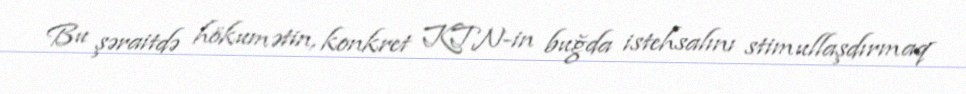
Bu şəraitdə hökumətin, konkret KTN-in buğda istehsalını stimullaşdırmaq